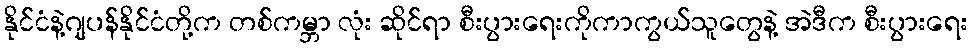
နိုင်ငံနဲ့ဂျပန်နိုင်ငံတို့က တစ်ကမ္ဘာ လုံး ဆိုင်ရာ စီးပွားရေးကိုကာကွယ်သူတွေနဲ့ အဲဒီက စီးပွားရေး